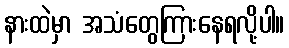
နားထဲမှာ အသံတွေကြားနေရလို့ပါ။